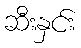
ဆီးနှင်း